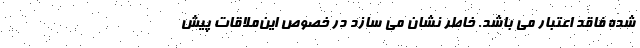
شده فاقد اعتبار می باشد. خاطر نشان می سازد در خصوص این‌ملاقات پیش